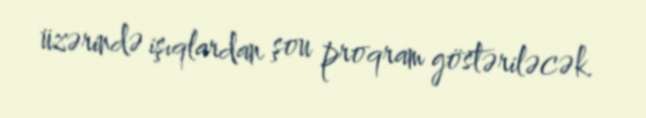
üzərində işıqlardan şou proqram göstəriləcək.